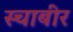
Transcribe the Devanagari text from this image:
स्चाबीर